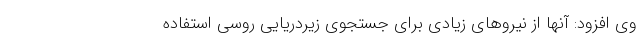
وی افزود: آنها از نیروهای زیادی برای جستجوی زیردریایی روسی استفاده